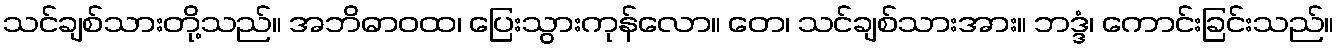
သင်ချစ်သားတို့သည်။ အဘိဓာဝထ၊ ပြေးသွားကုန်လော။ တေ၊ သင်ချစ်သားအား။ ဘဒ္ဒံ၊ ကောင်းခြင်းသည်။